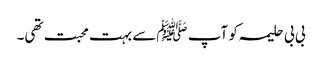
بی بی حلیمہ کو آپ ﷺسے بہت محبت تھی۔